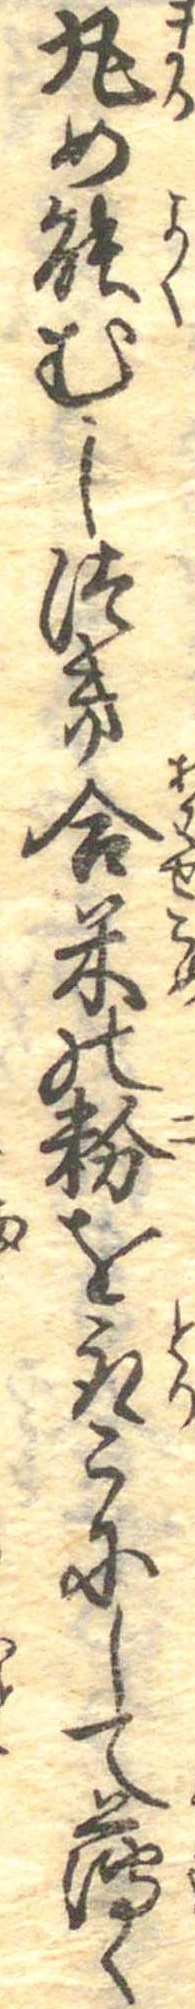
丸め能むしつき合米の粉を取こにして薄く